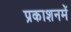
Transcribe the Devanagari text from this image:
प्रकाशनमें